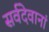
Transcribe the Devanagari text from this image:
सर्वदेवानां